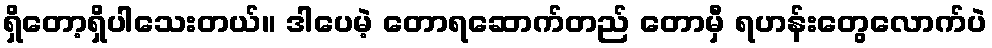
ရှိတော့ရှိပါသေးတယ်။ ဒါပေမဲ့ တောရဆောက်တည် တောမှီ ရဟန်းတွေလောက်ပဲ